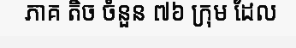
ភាគ តិច ចំនួន ៧៦ ក្រុម ដែល